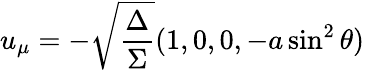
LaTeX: u_{\mu}=-\sqrt{\frac{\Delta}{\Sigma}}(1,0,0,-a\sin^{2}\theta)